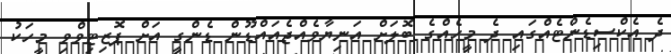
ދެ އެކްސިޑެންޓެއްގައި ދެ މީހެއްގެ ބޮލަށް އަނިޔާވެއްޖެއައްޑޫން ޑެންގީ އަށް ޕޮޒިޓިވްވި މީހަކު